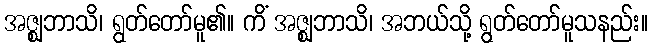
အဇ္ဈဘာသိ၊ ရွတ်တော်မူ၏။ ကိံ အဇ္ဈဘာသိ၊ အဘယ်သို့ ရွတ်တော်မူသနည်း။